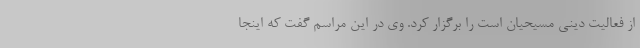
از فعالیت دینی مسیحیان است را برگزار کرد. وی در این مراسم گفت که اینجا